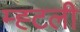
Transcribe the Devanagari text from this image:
म्ह्टली